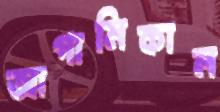
আগামিকাল